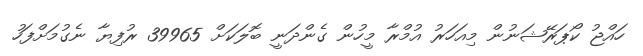
ހައްޖު ކޯޕަރޭޝަނުން މިއަހަރު އުމްރާ މީހުން ގެންދަނީ ބޮލަކަށް 39965 ރުފިޔާ ނެގުމަށްފަހު